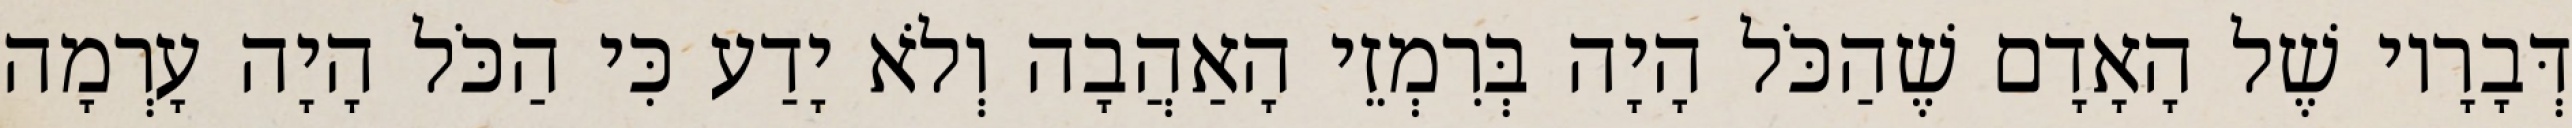
דְּבָרָיו שֶׁל הָאָדָם שֶׁהַכֹּל הָיָה בְּרִמְזֵי הָאַהֲבָה וְלֹא יָדַע כִּי הַכֹּל הָיָה עָרְמָה